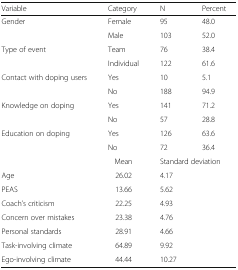
<table><thead><tr><td><b>Variable</b></td><td><b>Category</b></td><td><b>N</b></td><td><b>Percent</b></td></tr></thead><tbody><tr><td rowspan="2">Gender</td><td>Female</td><td>95</td><td>48.0</td></tr><tr><td>Male</td><td>103</td><td>52.0</td></tr><tr><td rowspan="2">Type of event</td><td>Team</td><td>76</td><td>38.4</td></tr><tr><td>Individual</td><td>122</td><td>61.6</td></tr><tr><td rowspan="2">Contact with doping users</td><td>Yes</td><td>10</td><td>5.1</td></tr><tr><td>No</td><td>188</td><td>94.9</td></tr><tr><td rowspan="2">Knowledge on doping</td><td>Yes</td><td>141</td><td>71.2</td></tr><tr><td>No</td><td>57</td><td>28.8</td></tr><tr><td rowspan="2">Education on doping</td><td>Yes</td><td>126</td><td>63.6</td></tr><tr><td>No</td><td>72</td><td>36.4</td></tr><tr><td></td><td>Mean</td><td colspan="2">Standard deviation</td></tr><tr><td>Age</td><td>26.02</td><td colspan="2">4.17</td></tr><tr><td>PEAS</td><td>13.66</td><td colspan="2">5.62</td></tr><tr><td>Coach’s criticism</td><td>22.25</td><td colspan="2">4.93</td></tr><tr><td>Concern over mistakes</td><td>23.38</td><td colspan="2">4.76</td></tr><tr><td>Personal standards</td><td>28.91</td><td colspan="2">4.66</td></tr><tr><td>Task-involving climate</td><td>64.89</td><td colspan="2">9.92</td></tr><tr><td>Ego-involving climate</td><td>44.44</td><td colspan="2">10.27</td></tr></tbody></table>